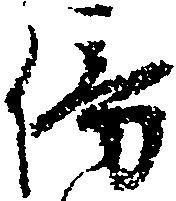
傍